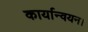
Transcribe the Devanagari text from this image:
कार्यान्वयन।